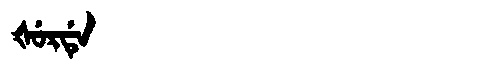
Manchu: ᡧᡠᡵᡩᡝ
Romanization: ŠURDE